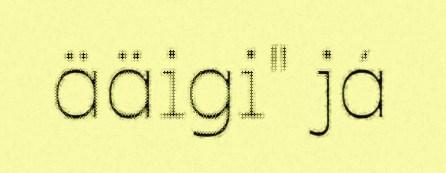
ääigi" já